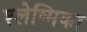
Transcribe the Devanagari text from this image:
श्‍लेष्मिका